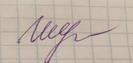
Signature authenticity: genuine